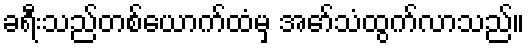
ခရီးသည်တစ်ယောက်ထံမှ အော်သံထွက်လာသည်။